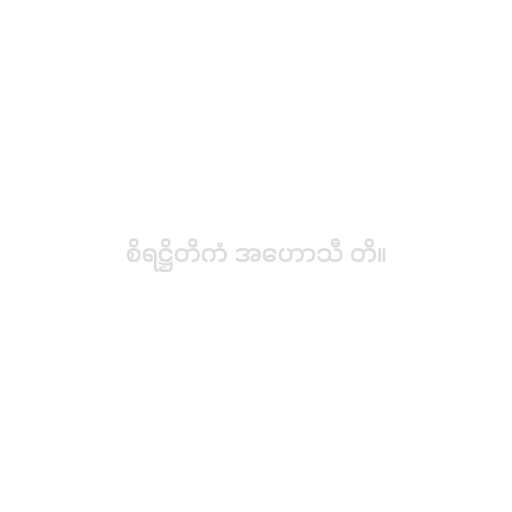
စိရဋ္ဌိတိကံ အဟောသီ တိ။